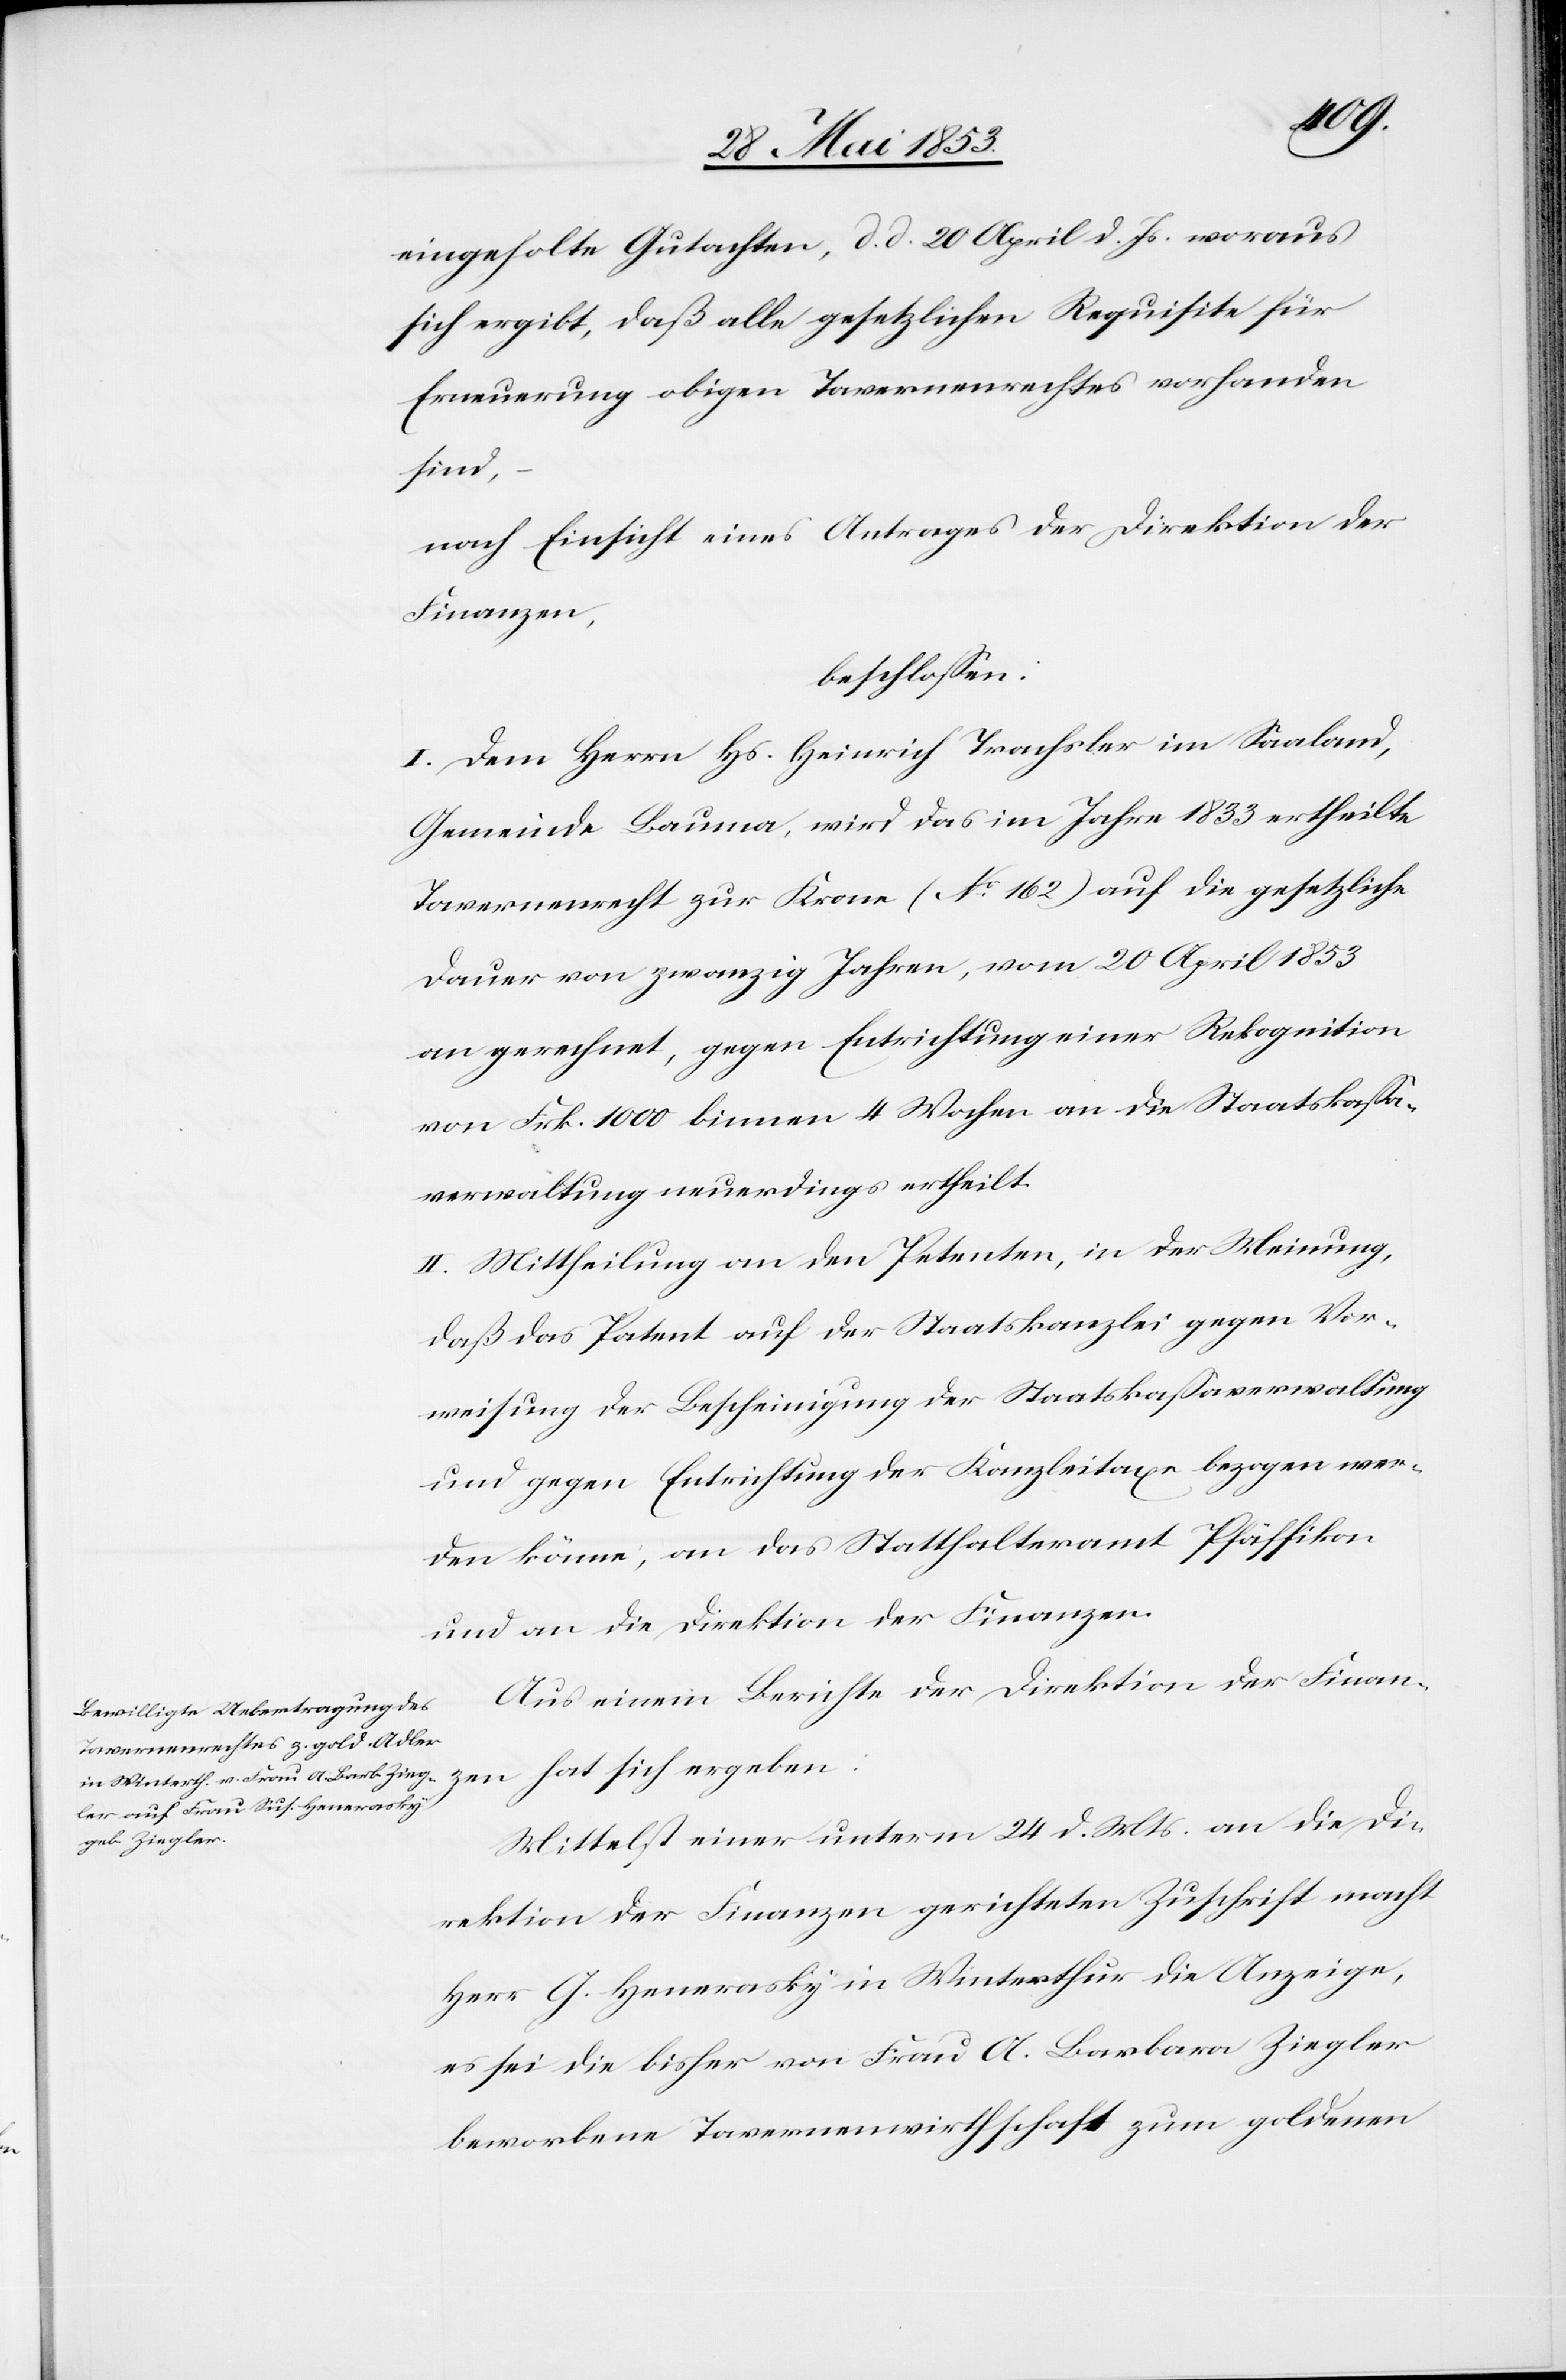
eingeholte Gutachten, d. d. 20 April d. Js., woraus
sich ergibt, daß alle gesetzlichen Requisite für
Erneuerung obigen Tavernenrechtes vorhanden
sind,
nach Einsicht eines Antrages der Direktion der
Finanzen,
beschloßen:
I. Dem Herrn Hs. Heinrich Trachsler im Saaland,
Gemeinde Bauma, wird das im Jahre 1833 ertheilte
Tavernenrecht zur Krone (N°. 162) auf die gesetzliche
Dauer von zwanzig Jahren, vom 20 April 1853
an gerechnet, gegen Entrichtung einer Rekognition
von Frk. 1000 binnen 4 Wochen an die Staatskaßa¬
verwaltung neuerdings ertheilt.
II. Mittheilung an den Petenten, in der Meinung,
daß das Patent auf der Staatskanzlei gegen Vor¬
weisung der Bescheinigung der Staatskaßaverwaltung
und gegen Entrichtung der Kanzleitaxe bezogen wer¬
den könne, an das Statthalteramt Pfäffikon
und an die Direktion der Finanzen.
Aus einem Berichte der Direktion der Finan¬
zen hat sich ergeben:
Mittelst einer unterm 24 d. Mts. an die Di¬
rektion der Finanzen gerichteten Zuschrift macht
Herr G. Henerasky in Winterthur die Anzeige,
es sei die bisher von Frau A. Barbara Ziegler
beworbene Tavernenwirthschaft zum goldenen